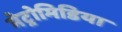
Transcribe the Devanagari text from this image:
मेट्रोमिडिया